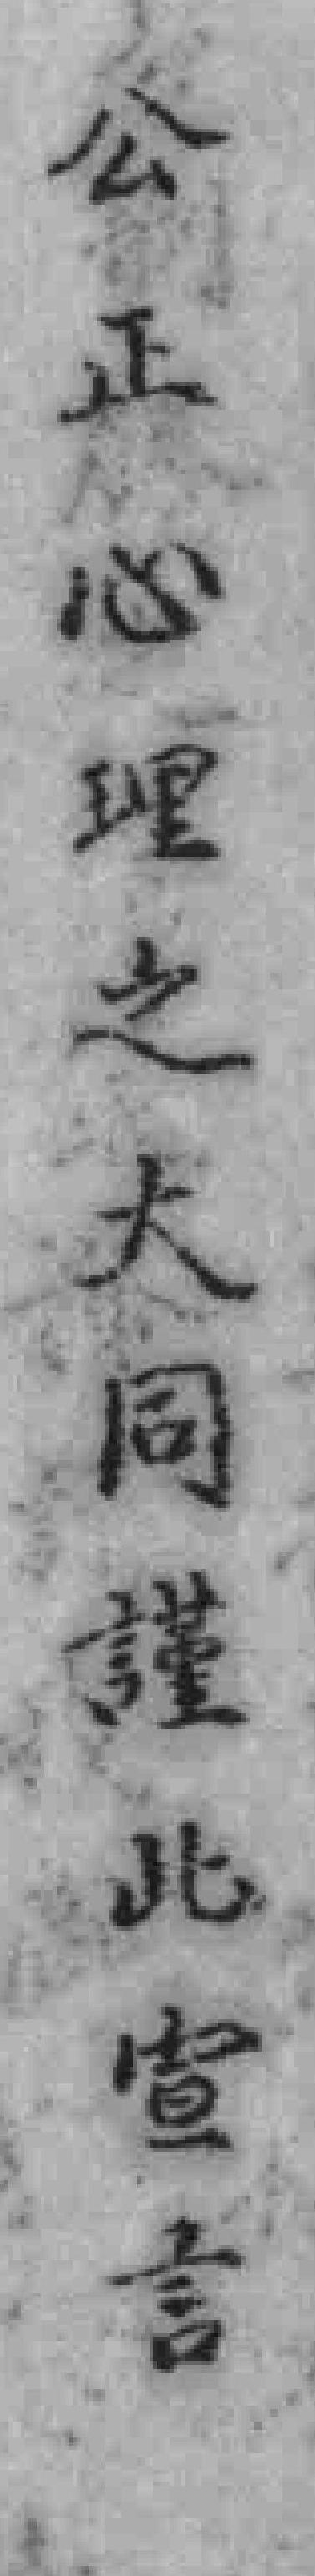
公正心理之大同謹此宣言